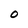
Character: O